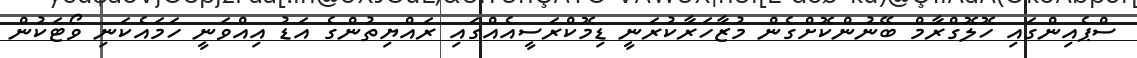
ސްޕެއިންގައި ހޮލޮގްރާމް ބޭނުންކޮށްގެން މުޒާހަރާކުރަނީ ޑިމޮކްރަސީއެއްގައި ރައްޔިތުންގެ އަޑު އިއްވަނީ ހަމައެކަނި ވޯޓަކުން